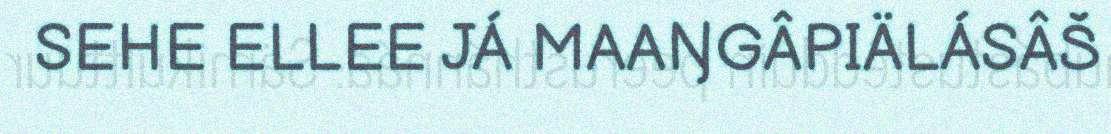
SEHE ELLEE JÁ MAAŊGÂPIÄLÁSÂŠ